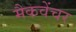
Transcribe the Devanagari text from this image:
मैकवेंचर